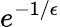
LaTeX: e^{-1/\epsilon}